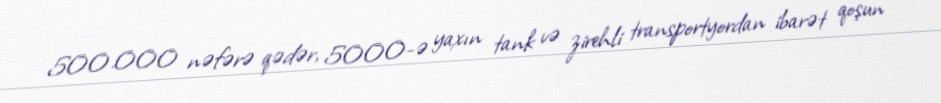
500.000 nəfərə qədər, 5000-ə yaxın tank və zirehli transportyordan ibarət qoşun